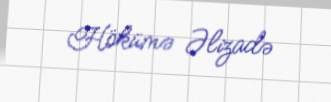
Hökümə Əlizadə